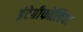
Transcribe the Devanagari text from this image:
इंटेग्रीफोलिया